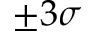
\pm 3 \sigma